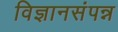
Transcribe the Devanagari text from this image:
विज्ञानसंपन्न